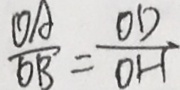
\frac { O A } { O B } = \frac { O D } { O H }